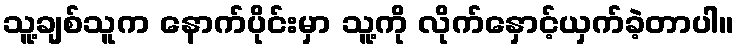
သူ့ချစ်သူက နောက်ပိုင်းမှာ သူ့ကို လိုက်နှောင့်ယှက်ခဲ့တာပါ။